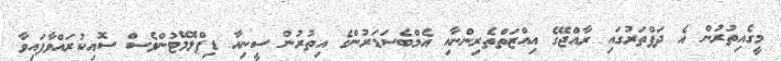
މީގެއިތުރުން އެ ދަފްތަރުގައި ރާއްޖޭގެ އިއްޒަތްތެރިންނާއި އެމްބެސަޑަރުންގެ އިތުރުން ސީނިއާ ޑިޕްލޮމޭޓުންވެސް ސޮއިކުރައްވާފައިވާ